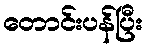
တောင်းပန်ပြီး